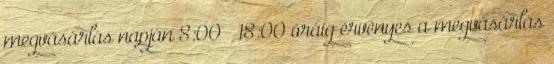
megvásárlás napján 8:00 – 18:00 óráig érvényes a megvásárlás